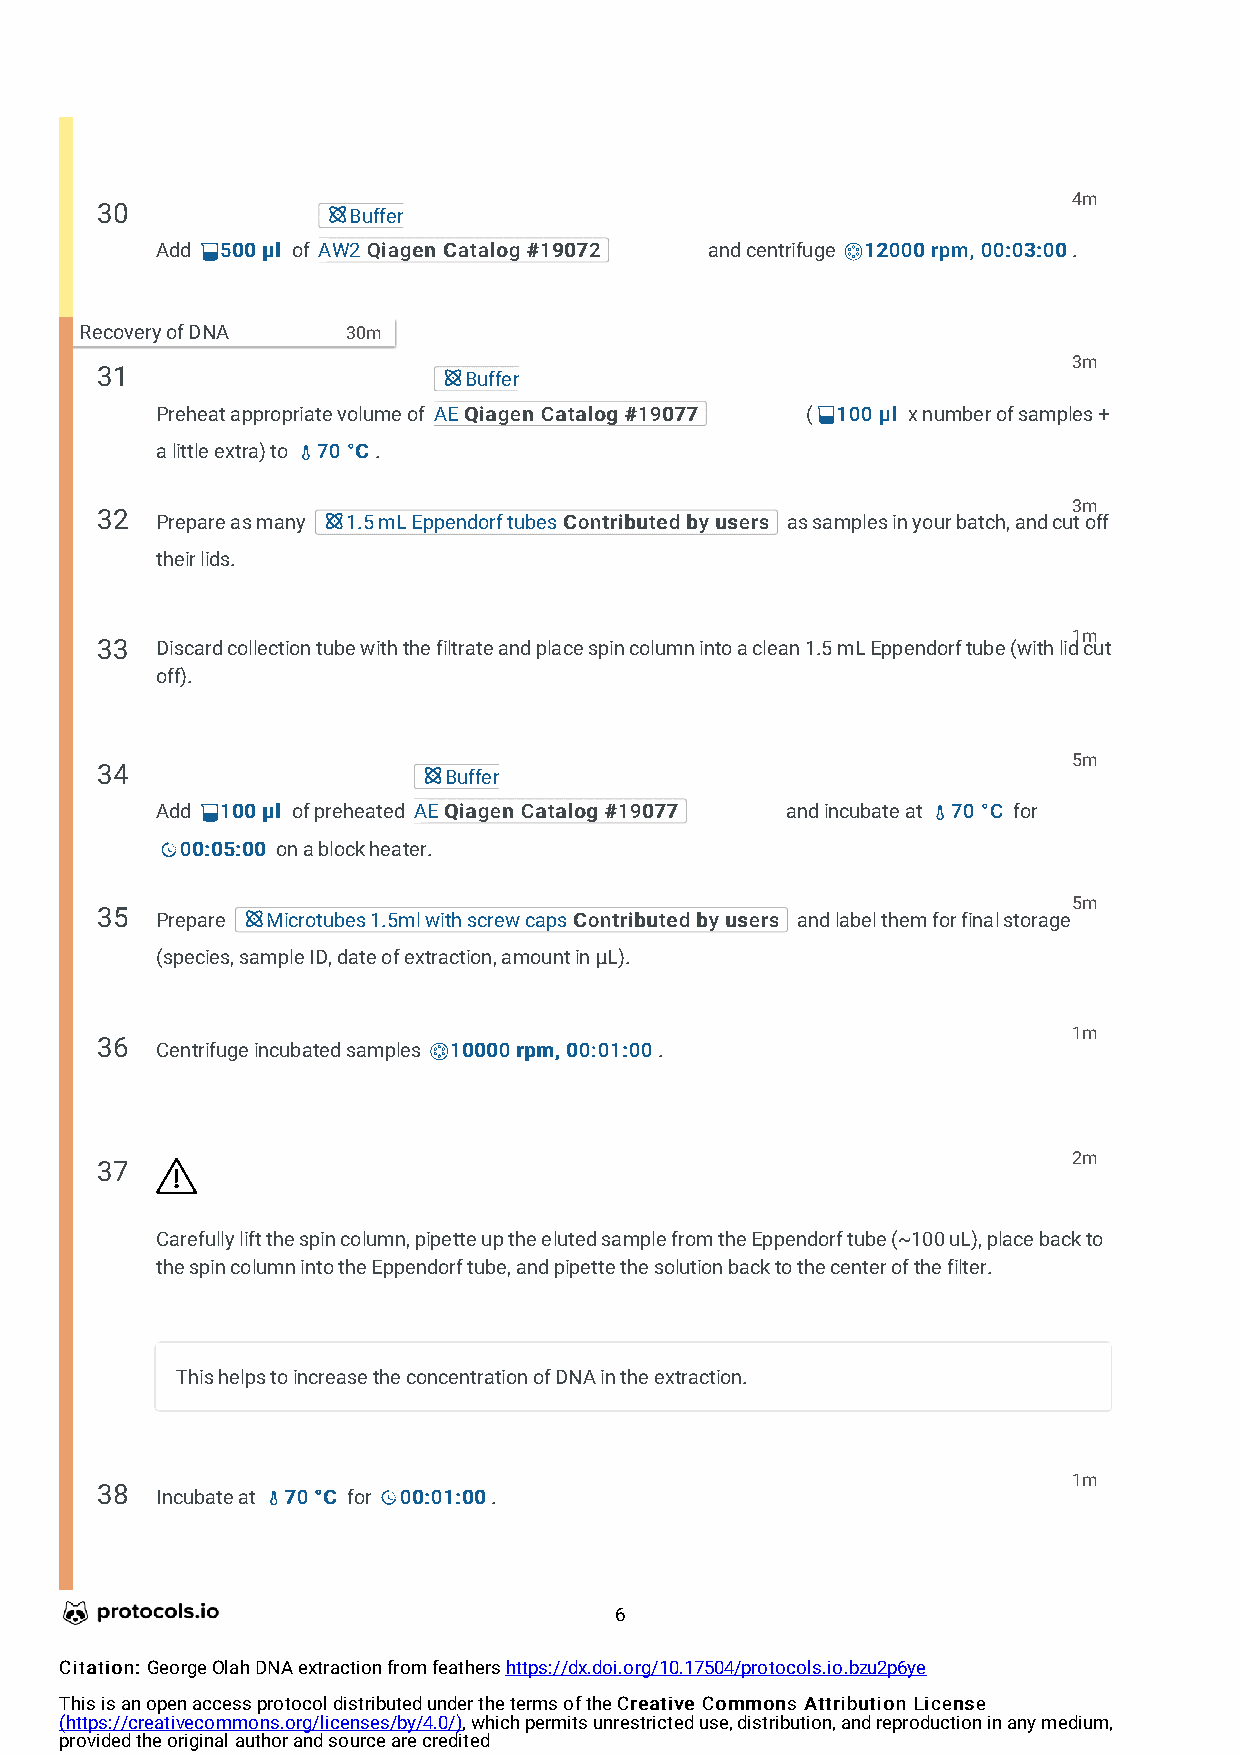
4m
 30               Buffer
 Add  550000 µµll of AW2QQiiaaggeenn CCaattaalloogg ##1199007722 and centrifuge 1122000000 rrppmm,, 0000::0033::0000.
 Recovery of DNA   30m
 3m
 31                       Buffer
 Preheat appropriate volume of AEQQiiaaggeenn CCaattaalloogg ##1199007777 ( 110000 µµll x number of samples +
 a little extra) to 7700 °°CC.
 3m
 32  Prepare as many 1.5 mL Eppendorf tubesCCoonnttrriibbuutteedd bbyy uusseerrss as samples in your batch, and cut off
 their lids.
 1m
 33  Discard collection tube with the filtrate and place spin column into a clean 1.5 mL Eppendorf tube (with lid cut
 off).
 5m
 34                     Buffer
 Add  110000 µµll of preheated AEQQiiaaggeenn CCaattaalloogg ##1199007777 and incubate at 7700 °°CC for
 0000::0055::0000 on a block heater.
 5m
 35  Prepare Microtubes 1.5ml with screw capsCCoonnttrriibbuutteedd bbyy uusseerrss and label them for final storage
 (species, sample ID, date of extraction, amount in μL).
 1m
 36  Centrifuge incubated samples 1100000000 rrppmm,, 0000::0011::0000.
 2m
 37
 Carefully lift the spin column, pipette up the eluted sample from the Eppendorf tube (~100 uL), place back to
 the spin column into the Eppendorf tube, and pipette the solution back to the center of the filter.
 This helps to increase the concentration of DNA in the extraction.
 1m
 38  Incubate at 7700 °°CC for 0000::0011::0000.
 6
 CCiittaattiioonn:: George Olah DNA extraction from feathers https://dx.doi.org/10.17504/protocols.io.bzu2p6ye
 This is an open access protocol distributed under the terms of the CCrreeaattiivvee CCoommmmoonnss AAttttrriibbuuttiioonn LLiicceennssee
 (https://creativecommons.org/licenses/by/4.0/), which permits unrestricted use, distribution, and reproduction in any medium,
 provided the original author and source are credited